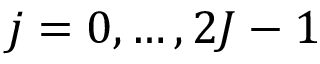
j = 0 , \ldots , 2 J - 1